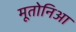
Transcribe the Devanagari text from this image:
मूतोनिआ